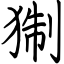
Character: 猘